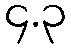
၄.၃